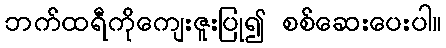
ဘက်ထရီကိုကျေးဇူးပြု၍ စစ်ဆေးပေးပါ။